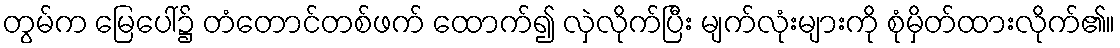
တွမ်က မြေပေါ်၌ တံတောင်တစ်ဖက် ထောက်၍ လှဲလိုက်ပြီး မျက်လုံးများကို စုံမှိတ်ထားလိုက်၏။